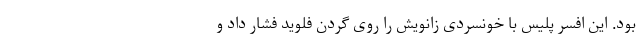
بود. این افسر پلیس با خونسردی زانویش را روی گردن فلوید فشار داد و